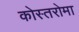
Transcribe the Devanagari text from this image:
कोस्तरोमा